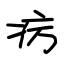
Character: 疠